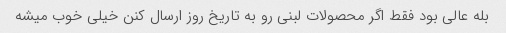
بله عالی بود فقط اگر محصولات لبنی رو به تاریخ روز ارسال کنن خیلی خوب میشه